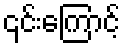
၎င်းကြောင့်